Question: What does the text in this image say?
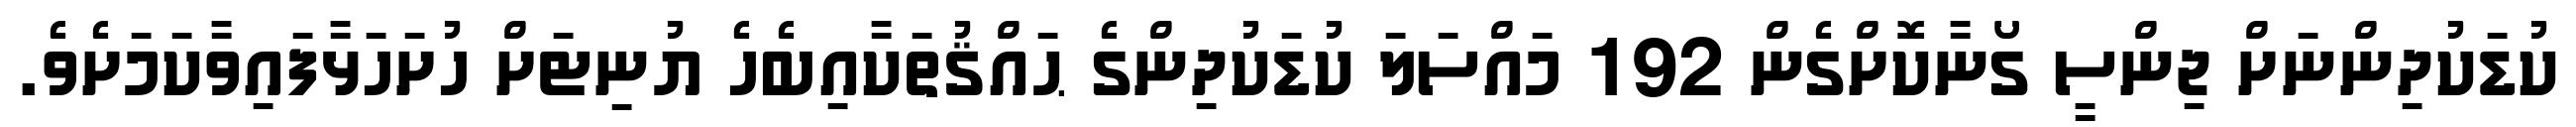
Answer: ކުޑަކުދިންނަށް ޖިންސީ ގޯނާކޮށްގެން 192 މައްސަލަ ކުޑަކުދިންގެ ޙައްޤުތަކާއިބެހެ ޔުނިޓަށް ހުށަހަޅާފައިވާކަމަށެވެ.